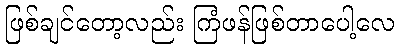
ဖြစ်ချင်တော့လည်း ကြံဖန်ဖြစ်တာပေါ့လေ